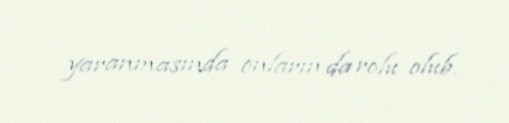
yaranmasında onların da rolu olub.